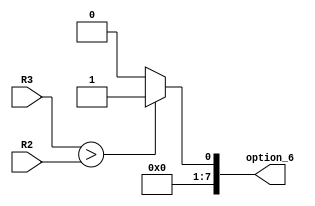
module slt_v(R2,R3,option_6 );
parameter size=8;
input [size-1:0] R2;
input [size-1:0] R3;
output reg [size-1:0] option_6;

always@ (R2,R3)
	begin
	if(R3>R2)
		begin option_6=1; end
	else
		begin option_6=0; end
	end		

endmodule